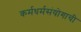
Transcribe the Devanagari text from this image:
कर्मधर्मसंयोगाची